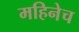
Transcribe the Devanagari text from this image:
महिनेच